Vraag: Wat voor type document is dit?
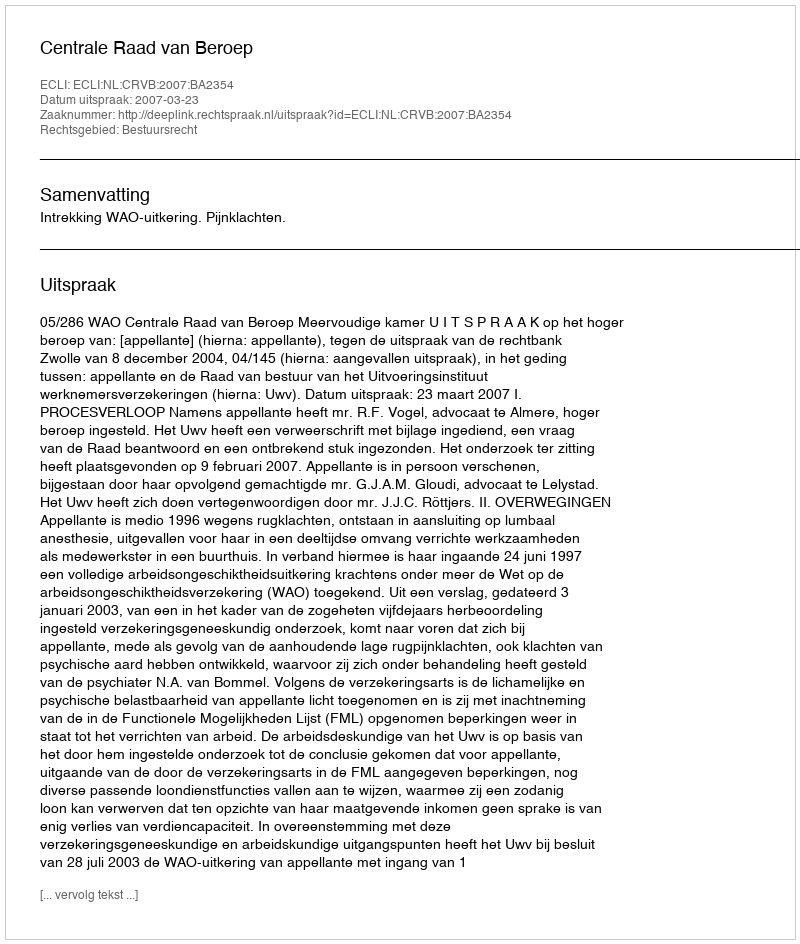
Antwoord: Uitspraak